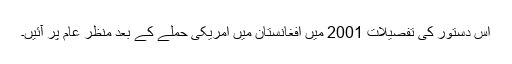
اس دستور کی تفصیلات 2001 میں افغانستان میں امریکی حملے کے بعد منظر عام پر آئیں۔